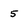
Character: 5